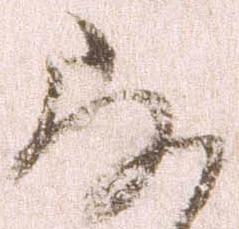
存